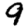
Digit: 9